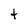
Character: t